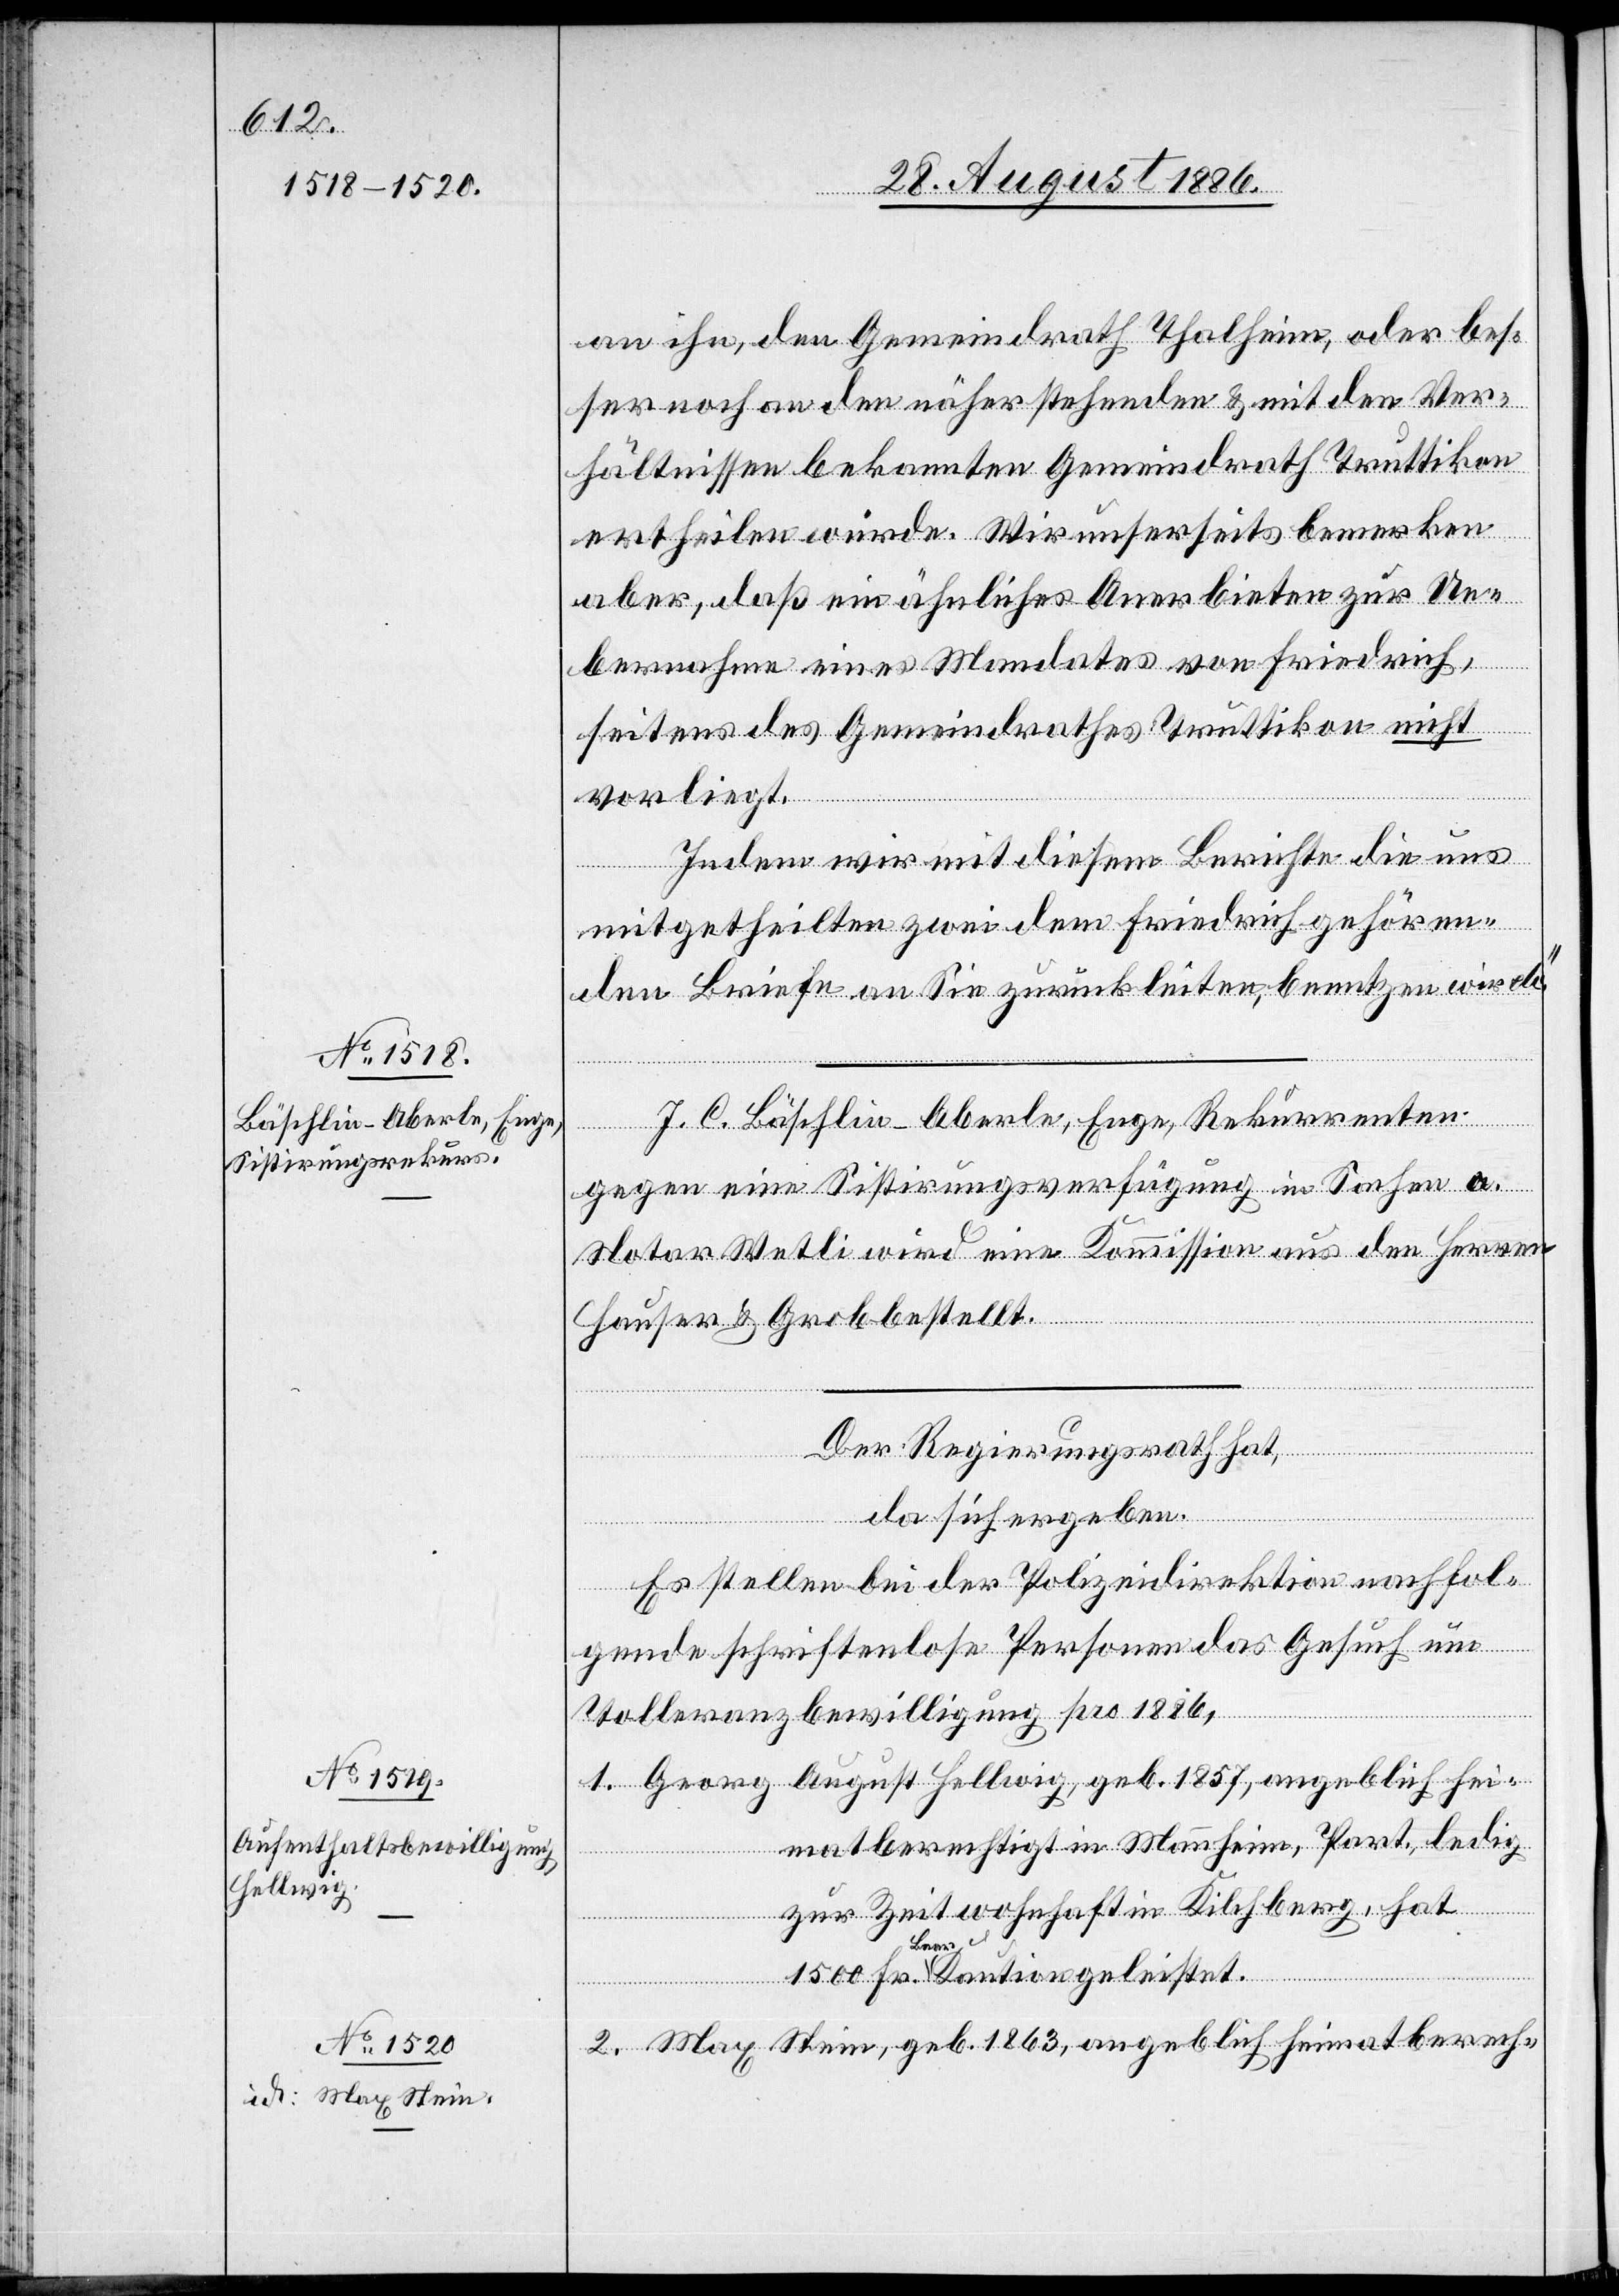
an ihn, den Gemeindrath Thalheim, oder bes¬
ser noch an den näher stehenden & mit den Ver¬
hältnissen bekannten Gemeindrath Truttikon
ertheilen würde. Wir unserseits bemerken
aber, daß ein ähnliches Anerbieten zur Ue¬
Fr.
bernahme eines Mandates von Friedrich,
seitens des Gemeindrathes Truttikon, nicht
vorliegt.
Indem wir mit diesem Berichte die uns
mitgetheilten zwei dem Friedrich gehören¬
den Briefe an Sie zurückleiten, benutzen wir etc.“
J. C. Bäschlin-Aberle, Enge, Rekurrenten
gegen eine Sistirungsverfügung in Sachen a.
Notar Wetli wird eine Kommission aus den Herren
Hauser & Grob bestellt.
Der Regierungsrath hat,
da sich ergeben:
Es stellen bei der Polizeidirektion nachfol¬
gende schriftenlose Personen das Gesuch um
Toleranzbewilligung pro 1886,
1. Georg August Hellwig, geb. 1857, angeblich hei¬
matberechtigt in Mannheim, Part., ledig
zur Zeit wohnhaft in Kilchberg, hat
baar Kaution geleistet.
2. Max Stein, geb. 1863, angeblich heimatberech-